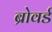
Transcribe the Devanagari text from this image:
ब्रोवर्ड